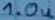
Text: 1.0u